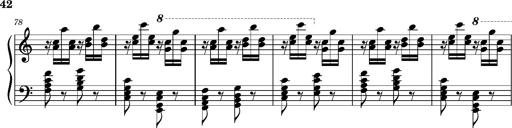
Title: Ungarischer Romanzero
Composer: Franz Liszt